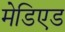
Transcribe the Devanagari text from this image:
मेडिएड